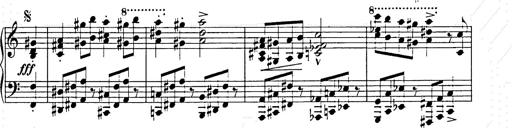
Title: Hungarian Rhapsody No.15
Composer: Franz Liszt
Key: A minor